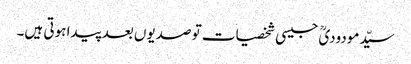
سیّدمودودیؒ جیسی شخصیات تو صدیوں بعد پیدا ہوتی ہیں۔